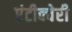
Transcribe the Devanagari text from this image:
एंटीक्वेरी